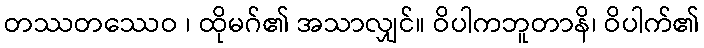
တဿတဿေဝ ၊ ထိုမဂ်၏ အသာလျှင်။ ဝိပါကဘူတာနိ၊ ဝိပါက်၏